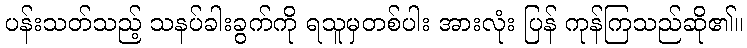
ပန်းသတ်သည့် သနပ်ခါးခွက်ကို ရသူမှတစ်ပါး အားလုံး ပြန် ကုန်ကြသည်ဆို၏။